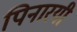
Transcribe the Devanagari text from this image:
पिनारयी